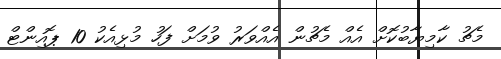
މެޗު ކާމިޔާބުކޮށް އެއް މެޗުން އެއްވަރު ވުމަށް ފަހު މުޅިއެކު 10 ޕޮއިންޓް